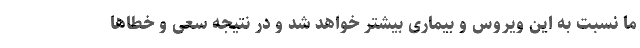
ما نسبت به این ویروس و بیماری بیشتر خواهد شد و در نتیجه سعی و خطاها